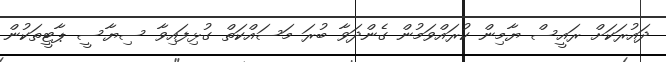
ދައުރަކަށް ރައީސް ޔާމިން ކުރައްވަމުން ގެންދަވާ ބުރަ މަސައްކަތް ގުޅިފައިވާ ސިޔާސީ ޕާޓީތަކުން